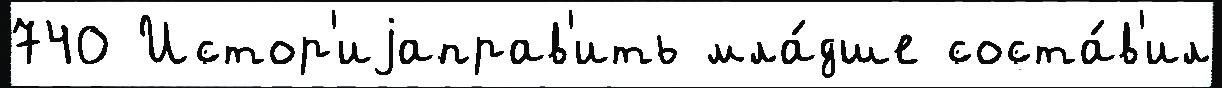
740 Истор'иjаправ'ить мла́дше соста́в'ил